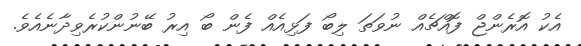
އެކު އޮރެންޖް ފޮއްޗެއް ނުވަތަ ލިބޯ ފަޅިއެއް ފެން ބޯ އިރު ބޭނުންކުރެވިދާނެއެވެ.